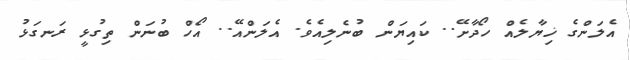
އެލަންގެ ޚިޔާލެއް ހޯދާށޭ.. ކައިޔަން ބުނެލިއެވެ. އެލަންއޭ.. އޯހް ބުނަން ތިގުޅީ ރަނގަޅު